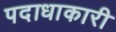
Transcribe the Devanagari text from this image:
पदाधाकारी